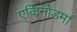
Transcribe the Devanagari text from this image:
एकिनोडर्मा